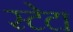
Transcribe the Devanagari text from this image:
स्टेटा